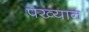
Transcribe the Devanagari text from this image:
पख्यान